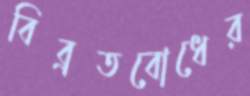
বিব্রতবোধের